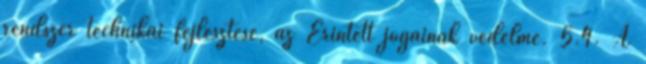
rendszer technikai fejlesztése, az Érintett jogainak védelme. 5.4. A